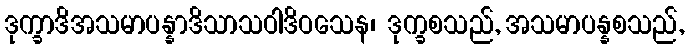
ဒုက္ခာဒိအသမာပန္နာဒိသာသဝါဒိဝသေန၊ ဒုက္ခစသည်, အသမာပန္နစသည်,